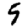
Digit: 5